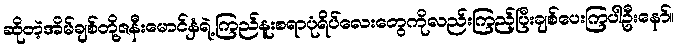
ဆိုတဲ့အိမ်ချစ်တို့ဇနီးမောင်နှံရဲ့ကြည်နူးစရာပုံရိပ်လေးတွေကိုလည်းကြည့်ပြီးချစ်ပေးကြပါဦးနော်။